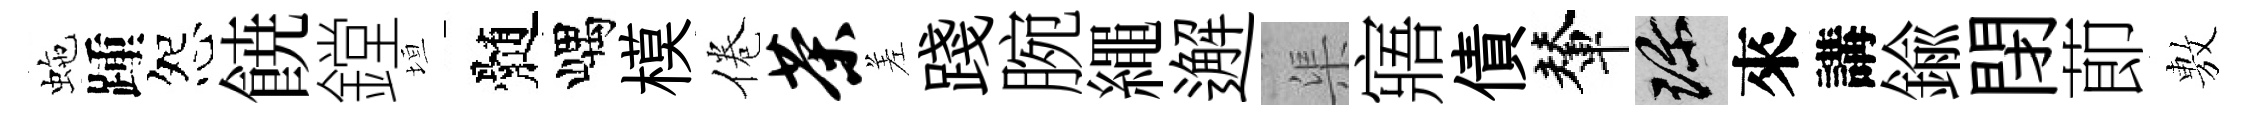
虵踵怨𩜙鏜垣髄嵎模倦茶差踐腕繩邂渠寤債輦珍來講鍮閉莭𢾾